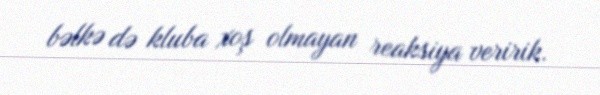
bəlkə də kluba xoş olmayan reaksiya veririk.